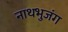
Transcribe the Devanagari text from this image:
नाथभुजंग